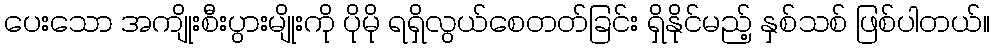
ပေးသော အကျိုးစီးပွားမျိုးကို ပိုမို ရရှိလွယ်စေတတ်ခြင်း ရှိနိုင်မည့် နှစ်သစ် ဖြစ်ပါတယ်။